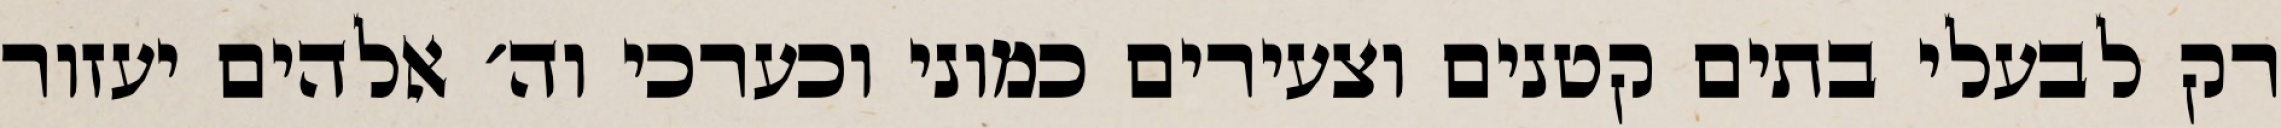
רק לבעלי בתים קטנים וצעירים כמוני וכערכי וה׳ אלהים יעזור